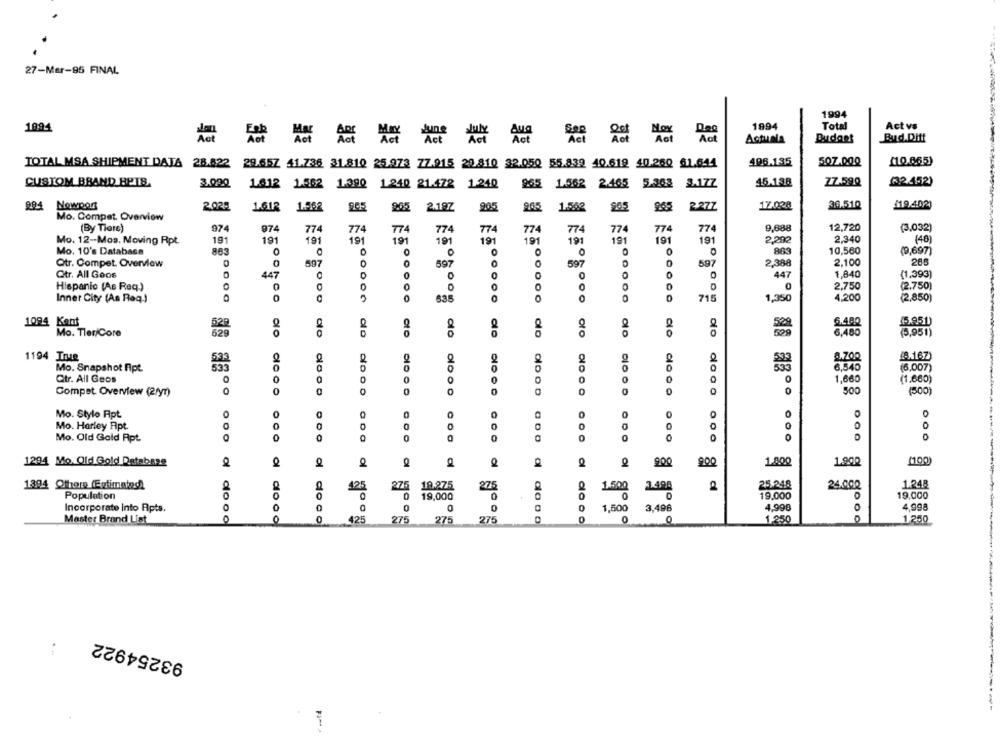
27-Mar-95 FINAL
1994
1994
Total
Act vs
1994
Aus
Mox
Aot
Actuala
Budant
Bud.Diff
TOTAL MSA SHIPMENT DATA 28.822 29.657 41.736 31.810 25.973 77.915 29.810 32.050 55.839 40.618 40.260 61.644
408.135
507.000
(10.865)
CUSTOM BBAND BETS.
3.020
1812 1.562
1.390 1.240 21.472 1.240
865
1.562
2.465
5.303
3.17Z
45.138
Z7.590
(2.452)
894 Nowpor
2025
1.612
1.958
965
2.187
905
205
1.562
265
2.277
17.028
38.510
£19.402)
Mo. Compet. Overview
(By Tiere)
974
974
774
774
774
774
774
774
774
774
774
774
9,688
12,720
(3,032)
191
Mo. 12-Mos. Moving Rpt.
191
19
191
191
191
19
191
191
191
191
191
2,292
2,340
(48)
Mo. 10's Database
863
0
0
O
O
10,560
(9,697)
Qtr. Compet. Overview
597
597
0
0
597
597
2,388
2.100
288
Qtr. All Goos
447
0
447
1,840
(1,393
O
Hispanic (As Req.)
0
0
0
0
0
0
2,750
(2.750)
5
0
715
1,350
4,200
(2,850)
Inner City (As Req.)
835
0
1094 Kant
528
6.480
1.951
Mo. Tler/Core
629
dlo
oro
alo
6,480
3,951)
1194 Inie
2.167
533
Mo. Snapshot Apt.
533
0
8,540
(6,007)
Qtr. All Geos
0
0
0
1,660
(1.660)
0
0
Compet Overview (2fyr)
0
0
0
0
0
0
0
500
(500)
Mo. Stylo Apt
0
0
0
0
0
0
Mo. Harley Apt.
0
Mo. Old Gold Apt.
O
0
0
0
0
0
DOO
1294 Mo. Old Gold Database
900
1.000
100)
900
1.990
1.248
1394 Ofhore (Estimated)
425
275
19.275
275
1.500
3.498
25,248
24.000
Population
0
19,000
19,000
19,000
Incorporate into Rpts.
0
0
0
1,500
3,496
4.998
0
4,9g8
Master Brand List
dooo
0
0
425
275
275
275
0
0
1.250
0
1.250
93254922